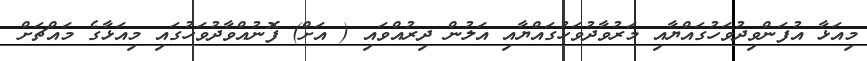
މިއަޅާ އުފަންވިދުވަހުގައްޔާއި މަރުވާދުވަހުގައްޔާއި އަލުން ދިރުއްވައި ( އަށް) ފޮނުއްވާދުވަހުގައި މިއަޅާގެ މައްޗަށް